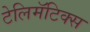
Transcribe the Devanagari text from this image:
टेलिमॅटिक्स